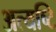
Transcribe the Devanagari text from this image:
अत्यष्टि